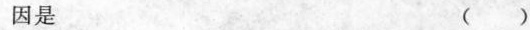
因是 ()